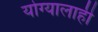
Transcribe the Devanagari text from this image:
योग्यालाही